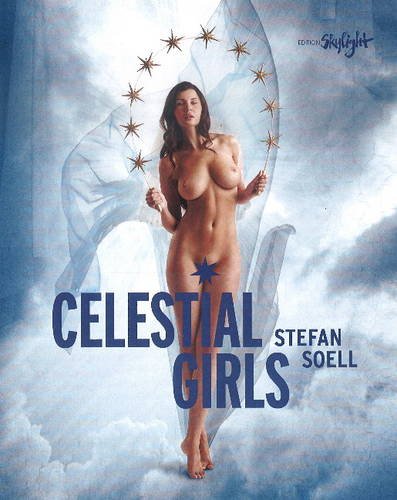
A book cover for Celestial Girls; Stefan Soell; Arts & Photography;